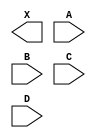
module sky130_fd_sc_ms__or4 (
    X,
    A,
    B,
    C,
    D
);

    output X;
    input  A;
    input  B;
    input  C;
    input  D;

    // Voltage supply signals
    supply1 VPWR;
    supply0 VGND;
    supply1 VPB ;
    supply0 VNB ;

endmodule